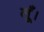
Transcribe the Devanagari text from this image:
लूँ।